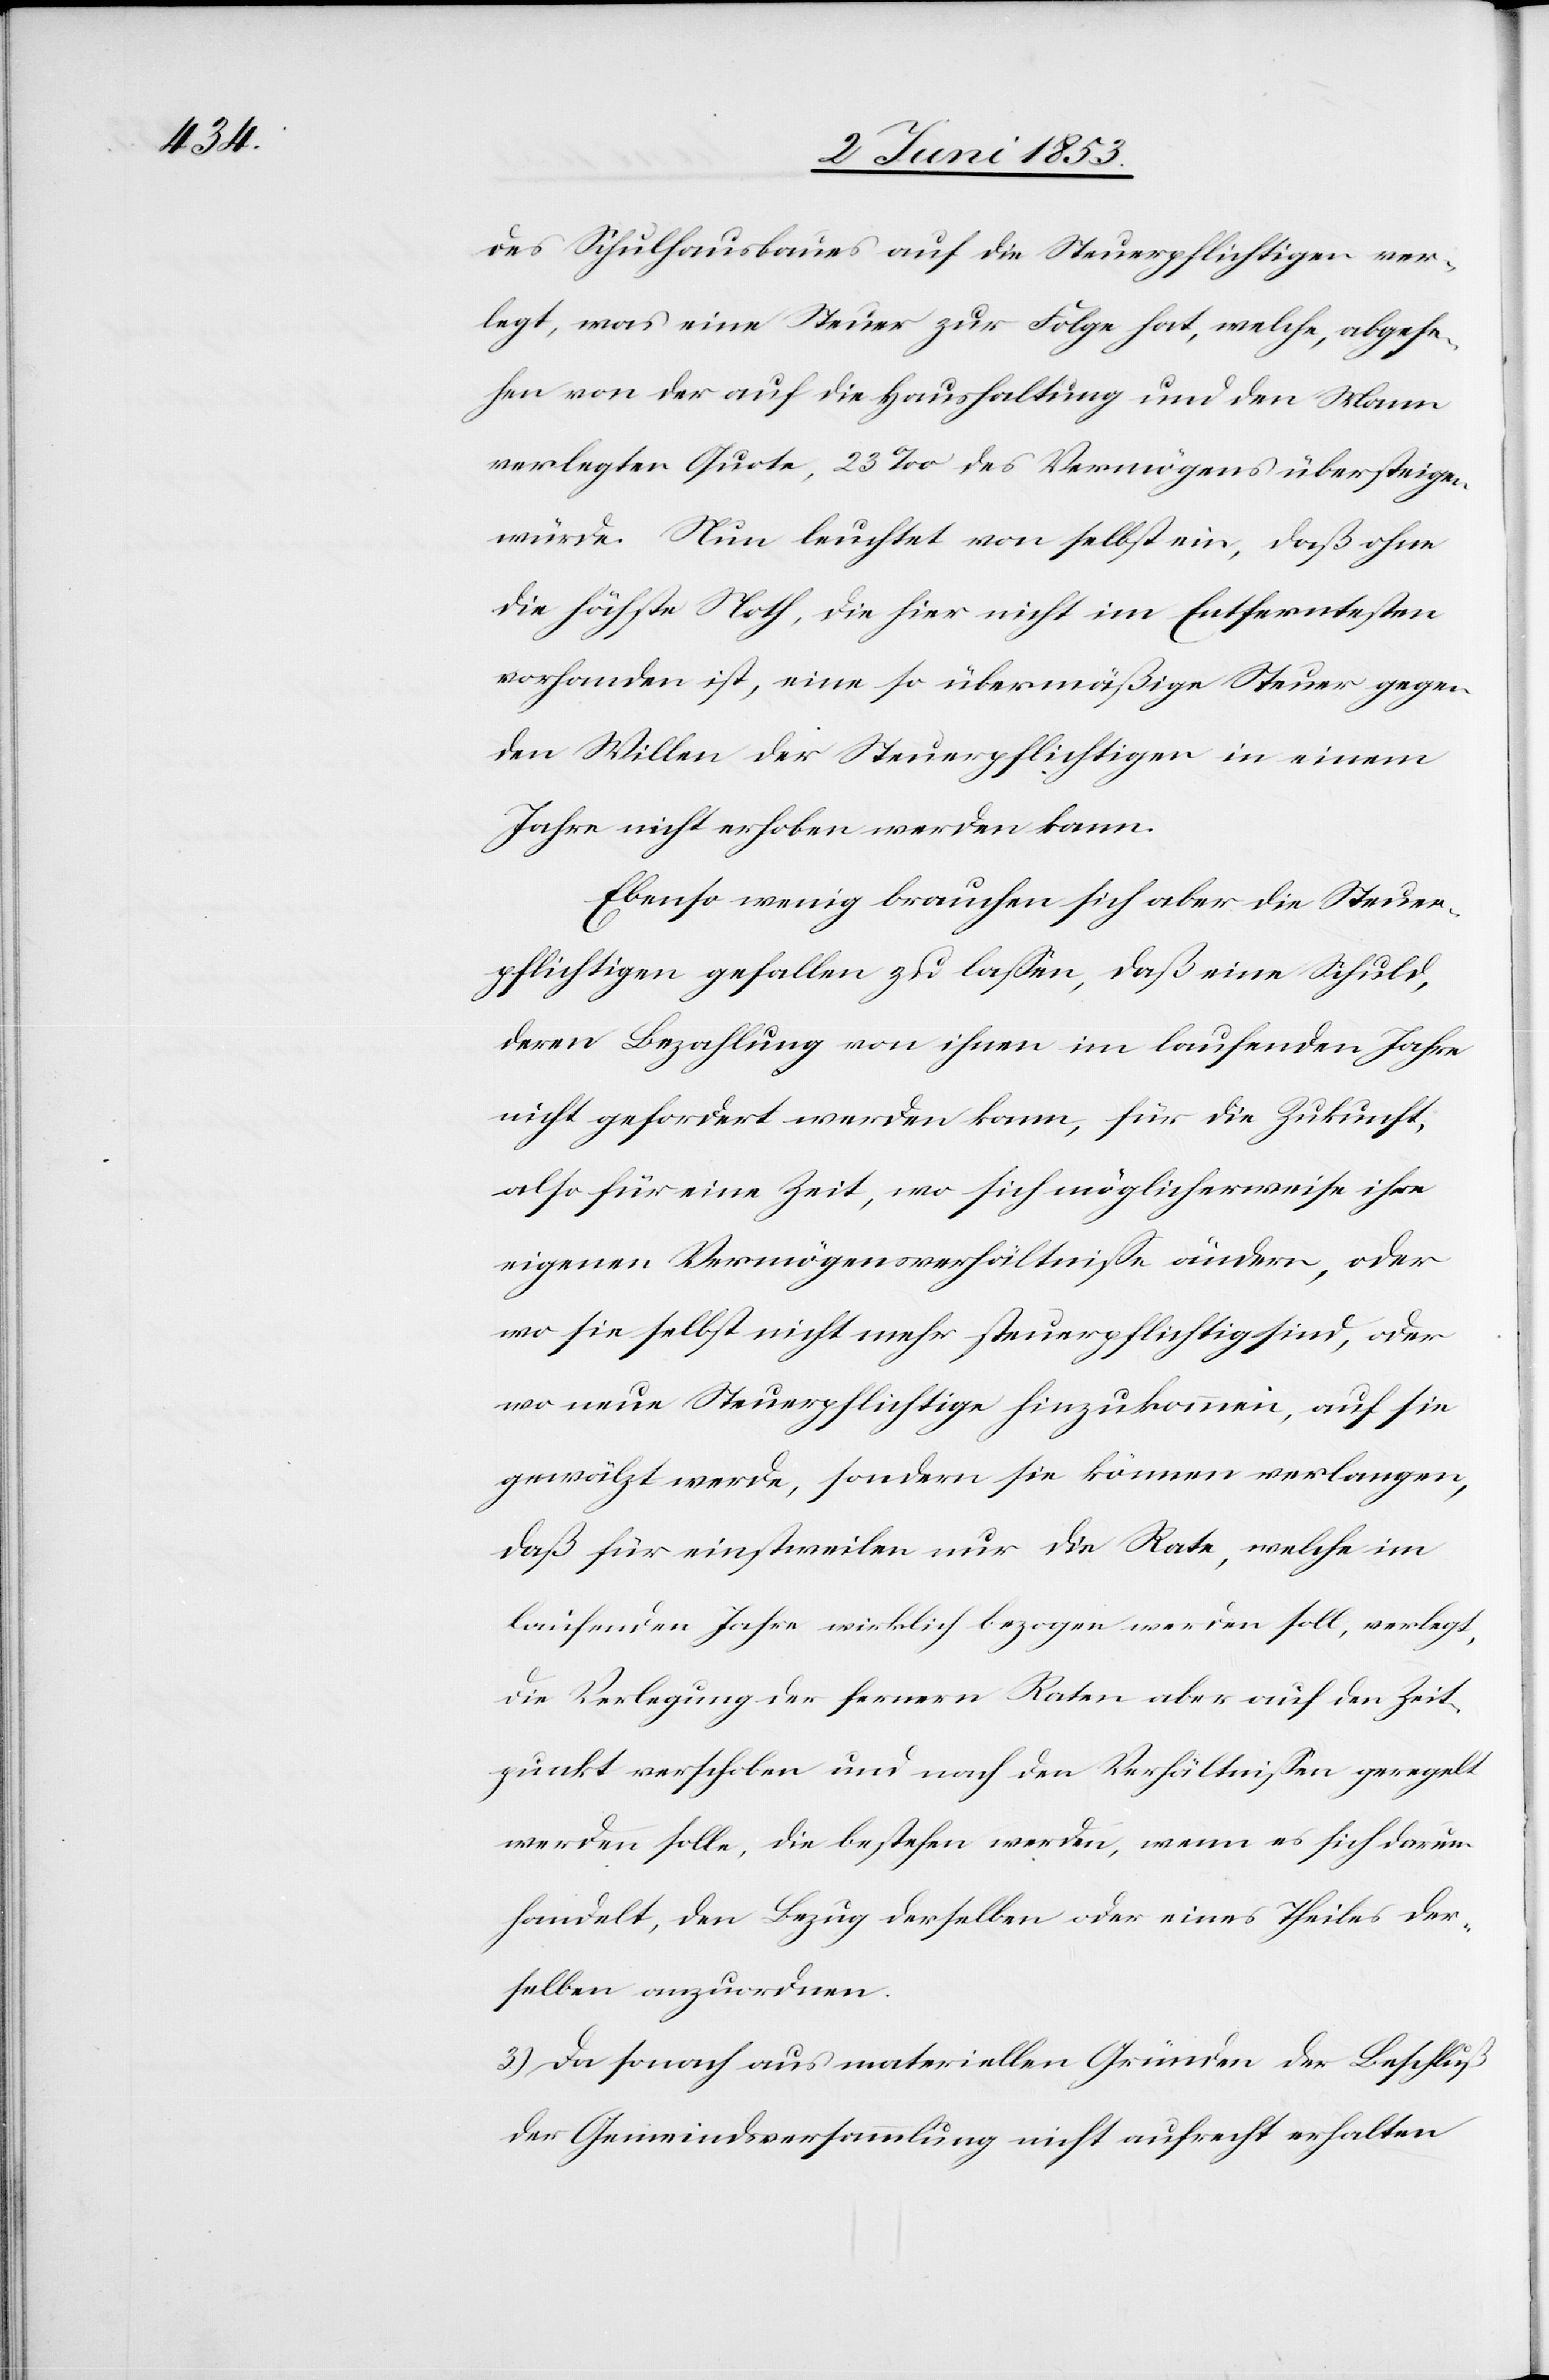
des Schulhausbaues auf die Steuerpflichtigen ver¬
legt, was eine Steuer zur Folge hat, welche, abgese¬
hen von der auf die Haushaltung und den Mann
verlegten Quote, 23 ‰ des Vermögens übersteigen
würde. Nun leuchtet von selbst ein, daß ohne
die höchste Noth, die hier nicht im Entferntesten
vorhanden ist, eine so übermäßige Steuer gegen
den Willen der Steuerpflichtigen in einem
Jahre nicht erhoben werden kann.
Ebenso wenig brauchen sich aber die Steuer¬
pflichtigen gefallen zu laßen, daß eine Schuld,
deren Bezahlung von ihnen im laufenden Jahre
nicht gefordert werden kann, für die Zukunft,
also für eine Zeit, wo sich möglicherweise ihre
eigenen Vermögensverhältniße ändern, oder
wo sie selbst nicht mehr steuerpflichtig sind, oder
wo neue Steuerpflichtige hinzukommen, auf sie
gewälzt werde, sondern sie können verlangen,
daß für einstweilen nur die Rate, welche im
laufenden Jahre wirklich bezogen werden soll, verlegt,
die Verlegung der fernern Raten aber auf den Zeit¬
punkt verschoben und nach den Verhältnißen geregelt
werden solle, die bestehen werden, wenn es sich darum
handelt, den Bezug derselben oder eines Theiles der¬
selben anzuordnen.
3) Da sonach aus materiellen Gründen der Beschluß
der Gemeindsversammlung nicht aufrecht erhalten